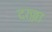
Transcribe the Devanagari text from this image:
दरज्जा